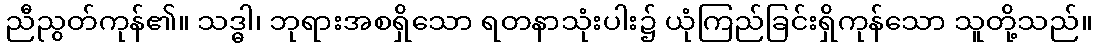
ညီညွတ်ကုန်၏။ သဒ္ဓါ၊ ဘုရားအစရှိသော ရတနာသုံးပါး၌ ယုံကြည်ခြင်းရှိကုန်သော သူတို့သည်။